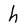
Character: h